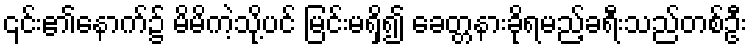
၎င်း၏နောက်၌ မိမိကဲ့သို့ပင် မြင်းမရှိ၍ ခေတ္တနားခိုရမည့်ခရီးသည်တစ်ဦး